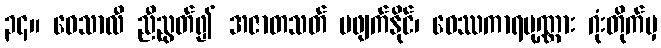
၃၄။ ဝေသာလီ ညီညွတ်၍ အဇာတသတ် မဖျက်နိုင်၊ ဝေဿကာရပုဏ္ဏား ဂုံးတိုက်မှ